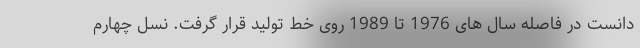
دانست در فاصله سال های 1976 تا 1989 روی خط تولید قرار گرفت. نسل چهارم